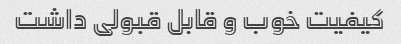
کیفیت خوب و قابل قبولی داشت